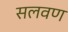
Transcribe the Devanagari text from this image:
सलवण